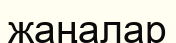
жаңалар